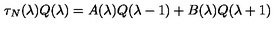
\tau _ { N } ( \lambda ) Q ( \lambda ) = A ( \lambda ) Q ( \lambda - 1 ) + B ( \lambda ) Q ( \lambda + 1 )